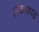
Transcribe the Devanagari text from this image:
लंकाकाड